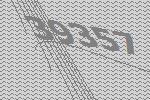
39357